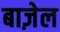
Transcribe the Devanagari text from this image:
बाज़ेल